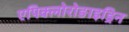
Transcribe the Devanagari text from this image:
एपिक्लोरोङाइड्रिन